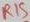
Text: R15